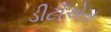
ડીટીએસ